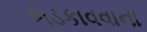
ભડકાવવાના